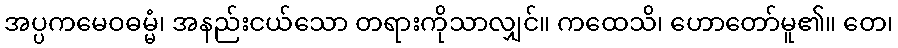
အပ္ပကမေဝဓမ္မံ၊ အနည်းငယ်သော တရားကိုသာလျှင်။ ကထေသိ၊ ဟောတော်မူ၏။ တေ၊